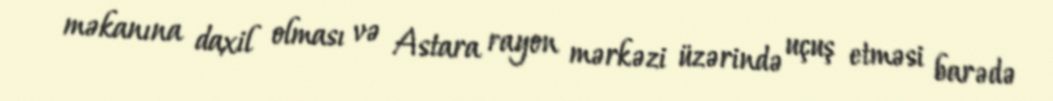
məkanına daxil olması və Astara rayon mərkəzi üzərində uçuş etməsi barədə